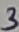
Text: 3